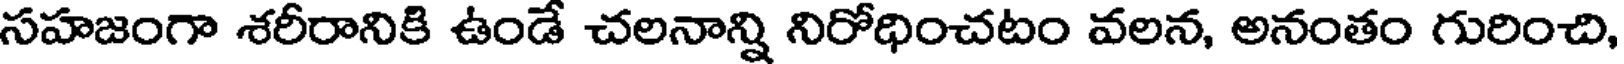
సహజంగా శరీరానికి ఉండే చలనాన్ని నిరోధించటం వలన, అనంతం గురించి,